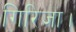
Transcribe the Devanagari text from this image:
गिरिजा।